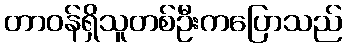
တာဝန်ရှိသူတစ်ဦးကပြောသည်